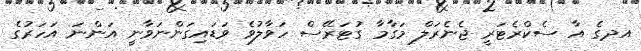
އދގެ އާ ސެކްރެޓަރީ ޖެނެރަލް މަގާމާ ގުޓަރޭސް ހަވާލުވެ ވަޑައިގަންނަވާނީ އަންނަ އަހަރުގެ